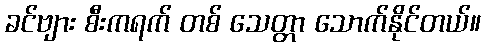
ခင်ဗျား စီးကရက် တစ် သေတ္တာ သောက်နိုင်တယ်။